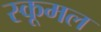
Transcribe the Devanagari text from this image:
स्कूमल